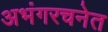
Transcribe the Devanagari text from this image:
अभंगरचनेत